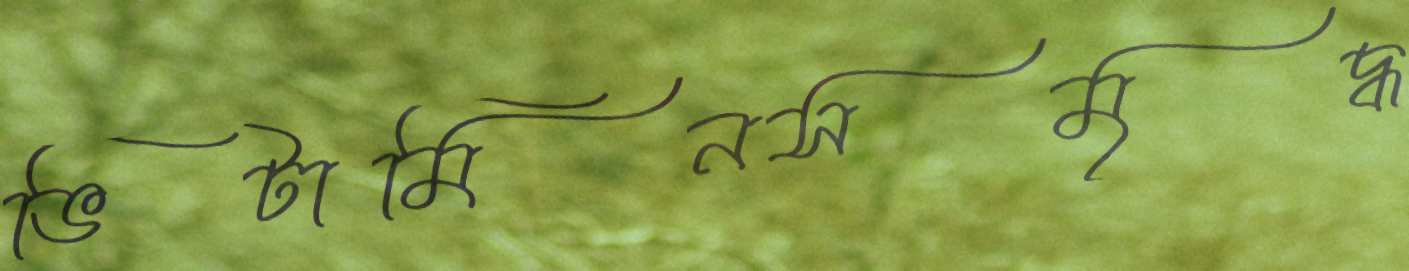
ভিটামিনসমৃদ্ধ